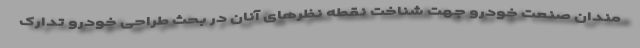
مندان صنعت خودرو جهت شناخت نقطه نظرهای آنان در بحث طراحی خودرو تدارک